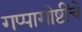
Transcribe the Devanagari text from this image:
गप्पागोष्टींचे